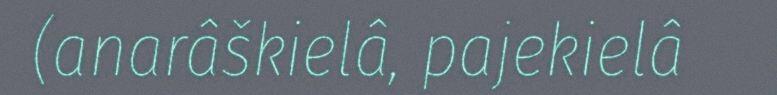
(anarâškielâ, pajekielâ